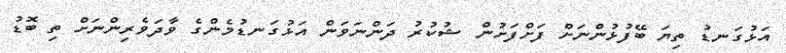
އަޅުގަނޑު ތިޔަ ބޭފުޅުންނަށް ފަށްފަށުން ޝުކުރު ދަންނަވަން އަޅުގަނޑުމެންގެ ވާދަވެރިންނަށް ތި ބޮޑު